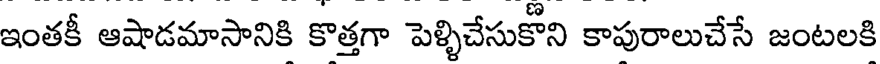
ఇంతకీ ఆషాడమాసానికి కొత్తగా పెళ్ళిచేసుకొని కాపురాలుచేసే జంటలకి